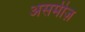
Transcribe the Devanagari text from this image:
असमीज़